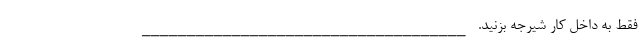
فقط به داخل کار شیرجه بزنید. ____________________________________